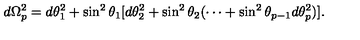
d \Omega _ { p } ^ { 2 } = d \theta _ { 1 } ^ { 2 } + \sin ^ { 2 } \theta _ { 1 } [ d \theta _ { 2 } ^ { 2 } + \sin ^ { 2 } \theta _ { 2 } ( \cdots + \sin ^ { 2 } \theta _ { p - 1 } d \theta _ { p } ^ { 2 } ) ] .